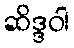
ဆိဒ္ဒဝါ